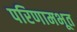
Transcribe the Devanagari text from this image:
परिणामभूत